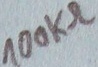
Text: 100KΩ